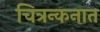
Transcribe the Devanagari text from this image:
चित्रन्कनात